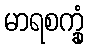
မာရစက္ခုံ